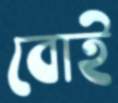
বোই